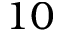
1 0